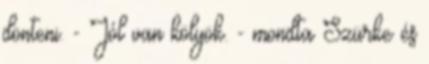
dönteni. - Jól van kölyök. - mondta Szürke és